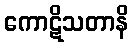
ကောဋိသတာနိ